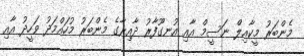
މެންބަރު މީކާއިލް ނަސީމް އާއި އުނގޫފާރު ދާއިރާގެ މެންބަރު މުހައްމަދު ވަހީދު އާއި